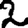
Digit: 2